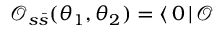
\mathcal { O } _ { s \bar { s } } ( \theta _ { 1 } , \theta _ { 2 } ) = \langle \, 0 \, | \, \mathcal { O }